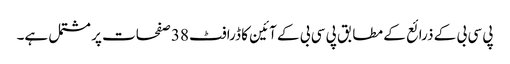
پی سی بی کے ذرائع کے مطابق پی سی بی کے آئین کا ڈرافٹ 38 صفحات پر مشتمل ہے۔